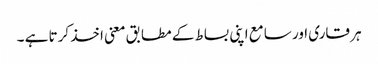
ہر قاری اور سامع اپنی بساط کے مطابق معنی اخذ کرتا ہے ۔